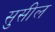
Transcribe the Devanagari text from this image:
सुसील